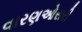
વારણઓસરી